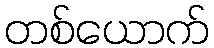
တစ်ယောက်